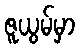
ဇူယွမ်မှာ